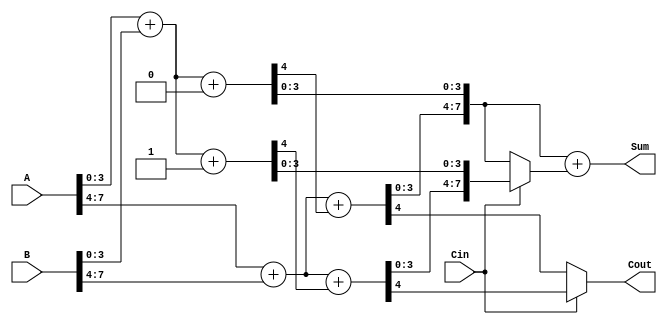
module CCSA_8bit (
    input [7:0] A,       // 8-bit input A
    input [7:0] B,       // 8-bit input B
    input Cin,           // Carry in
    output [7:0] Sum,    // 8-bit output Sum
    output Cout          // Carry out
);

    // Segment size
    localparam SEG_SIZE = 4;

    // Declare wires to hold intermediate sums and carries
    wire [SEG_SIZE-1:0] sum0_0, sum1_0, sum0_1, sum1_1;
    wire carry0_0, carry1_0, carry0_1, carry1_1;

    // First 4-bit segment
    // Compute two cases for first segment (0: Cin=0, 1: Cin=1)
    assign {carry0_0, sum0_0} = A[3:0] + B[3:0] + 1'b0;
    assign {carry1_0, sum1_0} = A[3:0] + B[3:0] + 1'b1;

    // Second 4-bit segment
    // Compute two cases for second segment (dependent on previous carry)
    assign {carry0_1, sum0_1} = A[7:4] + B[7:4] + carry0_0; // Cin=0 case
    assign {carry1_1, sum1_1} = A[7:4] + B[7:4] + carry1_0; // Cin=1 case

    // Final sum selection based on Cin
    assign Sum = {sum0_1, sum0_0} + (Cin ? {sum1_1, sum1_0} : {sum0_1, sum0_0});

    // Final carry-out selection
    assign Cout = Cin ? carry1_1 : carry0_1;

endmodule